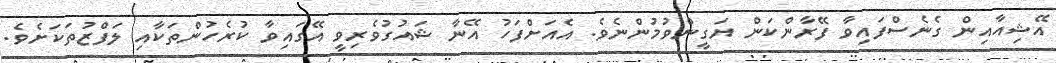
އޭޝިއާއިން ގެނެސްފައިވާ ފޭރާންކަން ޔަގީންވުމުންނެވެ. އެއަށްފަހު އޭނާ ޝައުގުވެރިވީ އޭގައިވާ ކުރެހުންތަކާއި ލަފްޒުތަކަށެވެ.